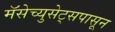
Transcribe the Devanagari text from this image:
मॅसेच्युसेट्सपासून